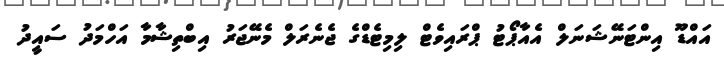
އައްޑޫ އިންޓަނޭޝަނަލް އެއާޕޯޓު ޕްރައިވެޓް ލިމިޓެޑްގެ ޖެނެރަލް މެނޭޖަރު އިބްތިޝާމާ އަހްމަދު ސައީދު